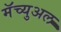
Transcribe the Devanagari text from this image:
मॅच्युअल